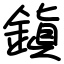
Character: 鎭